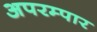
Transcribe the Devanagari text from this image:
अपरम्पार